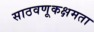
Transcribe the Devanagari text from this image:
साठवणूकक्षमता